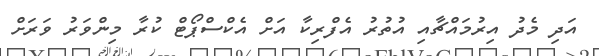
އަދި މެދު އިރުމައްޗާއި އުތުރު އެފްރިކާ އަށް އެކްސްޕޯޓް ކުރާ މިންވަރު ވަރަށް